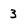
Character: 3